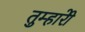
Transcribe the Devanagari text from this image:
तुम्हारीे